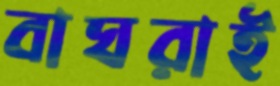
বাঘরাই